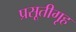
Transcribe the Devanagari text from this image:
प्रसूतीगृह